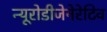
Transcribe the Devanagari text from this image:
न्यूरोडीजेनेरेटिव